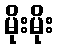
မိုးမိုး